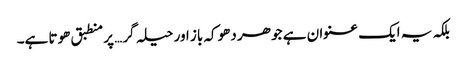
بلکہ یہ ایک عنوان ہے جو ھر دھوکہ باز اور حیلہ گر… پر منطبق ھوتا ہے۔